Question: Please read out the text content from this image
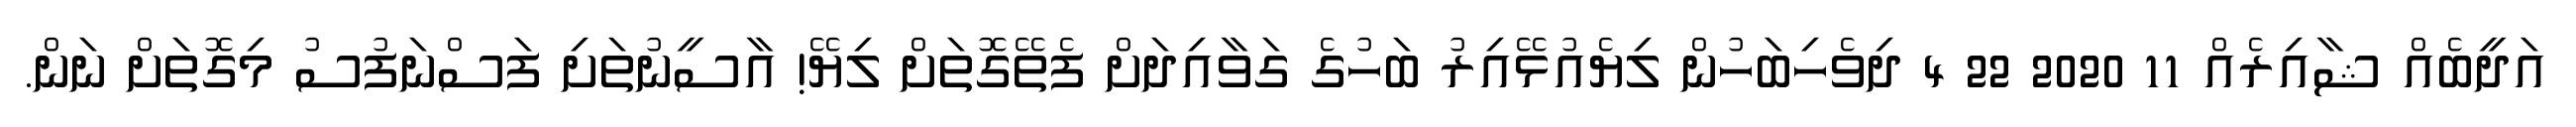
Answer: އަދީބެއް ޝާއިރެއް 11 2020 22 4 ދިވެހިބަހުން ލިޔެއުޅޭއިރު ބަހުގެ ގަވާއިދަށް ފެތޭގޮތަށް ލިޔޭ! އާސީނުތަށި ފަސްނަފުސު މިގޮތަށް ނަން.